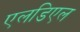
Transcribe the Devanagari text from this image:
एलडिएल